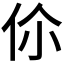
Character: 伱